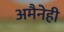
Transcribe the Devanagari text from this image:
अमैनेही